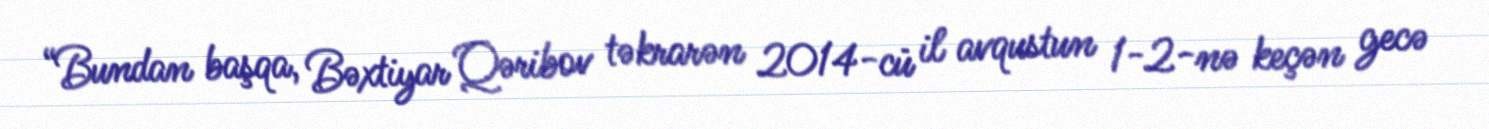
“Bundan başqa, Bəxtiyar Qəribov təkrarən 2014-cü il avqustun 1-2-nə keçən gecə